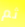
ثم